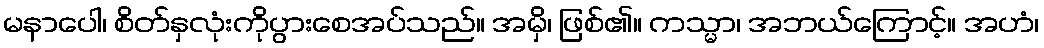
မနာပေါ၊ စိတ်နှလုံးကိုပွားစေအပ်သည်။ အမှိ၊ ဖြစ်၏။ ကသ္မာ၊ အဘယ်ကြောင့်။ အဟံ၊